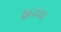
ફાટલ